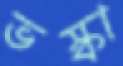
ভস্কা